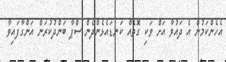
އެހެންކަމުން އެ ދައުވާ އަށް ވަކި ގޮތެއް ކަނޑައެޅެންދެން ސްޕާ ބަންދުކުރަން އަންގާފައިވާ